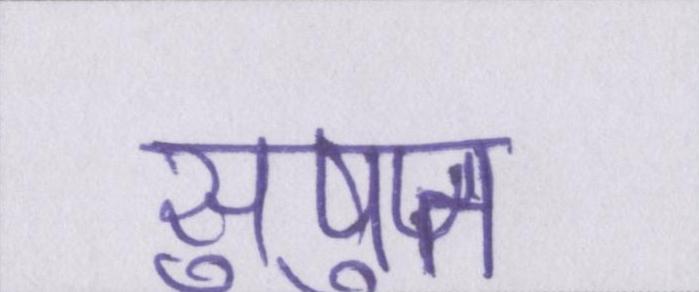
सुषुप्त